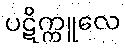
ပဋိက္ကူလေ